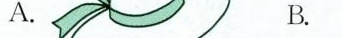
A. B.